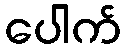
ပေါက်